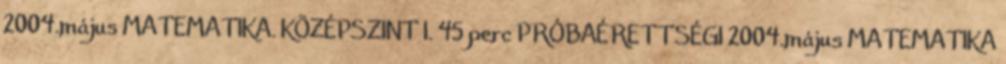
2004.május MATEMATIKA. KÖZÉPSZINT I. 45 perc PRÓBAÉRETTSÉGI 2004.május MATEMATIKA